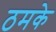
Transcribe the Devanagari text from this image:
ठमके